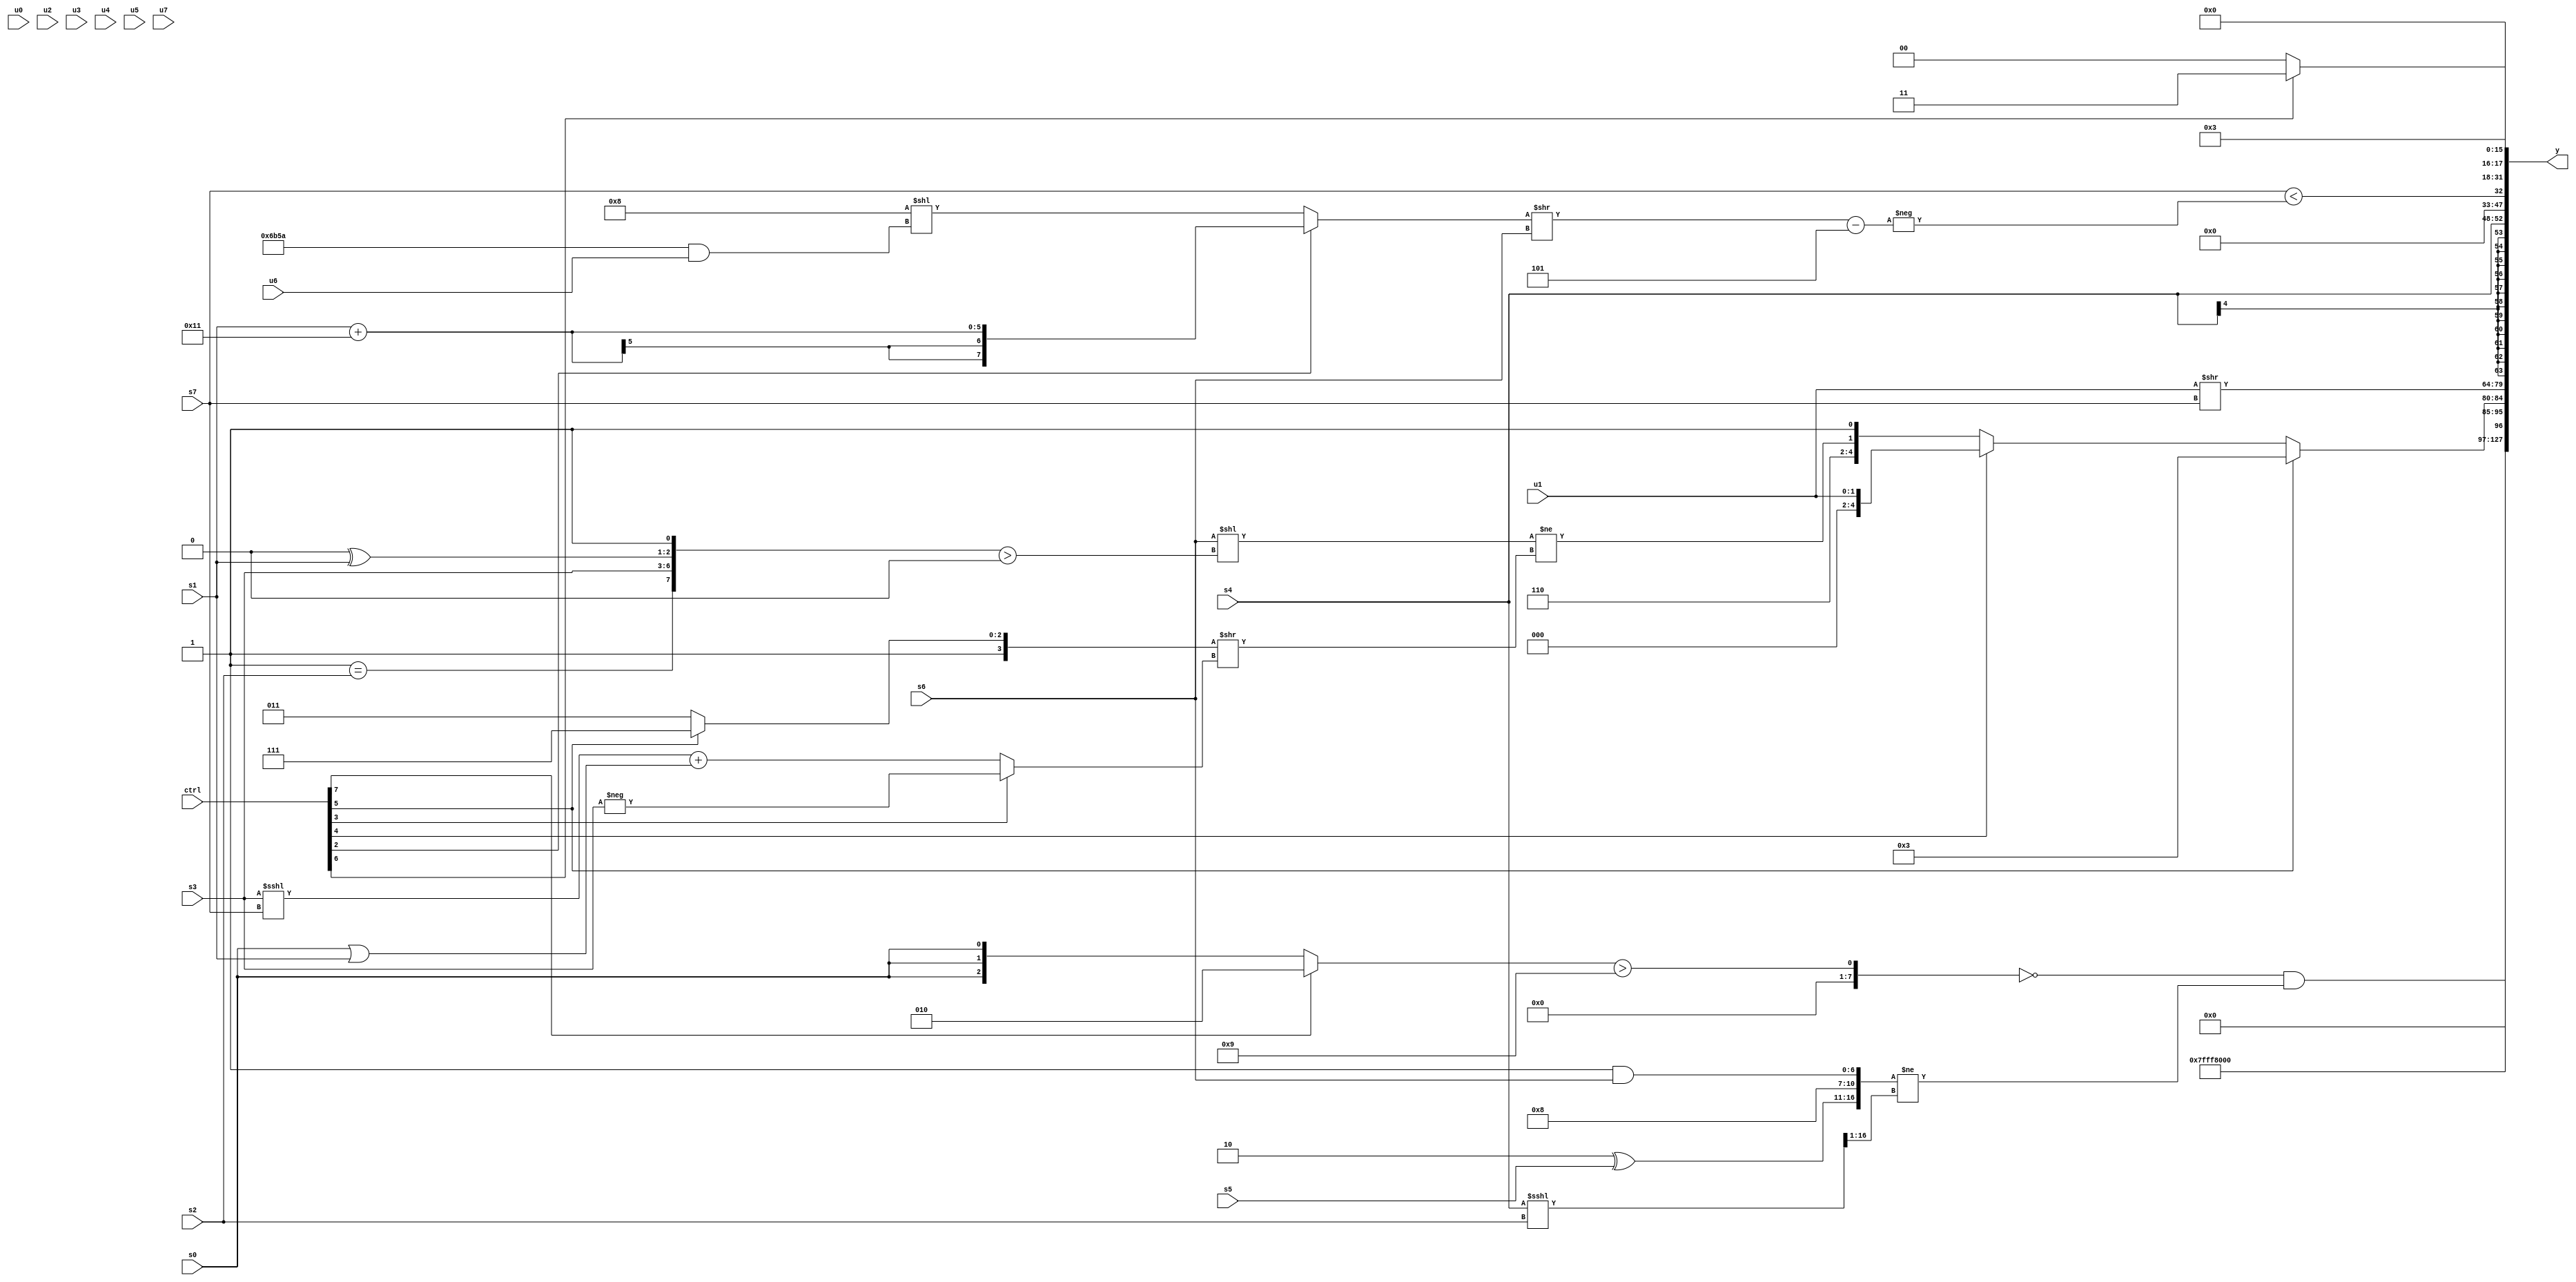
module wideexpr_00856(ctrl, u0, u1, u2, u3, u4, u5, u6, u7, s0, s1, s2, s3, s4, s5, s6, s7, y);
  input [7:0] ctrl;
  input [0:0] u0;
  input [1:0] u1;
  input [2:0] u2;
  input [3:0] u3;
  input [4:0] u4;
  input [5:0] u5;
  input [6:0] u6;
  input [7:0] u7;
  input signed [0:0] s0;
  input signed [1:0] s1;
  input signed [2:0] s2;
  input signed [3:0] s3;
  input signed [4:0] s4;
  input signed [5:0] s5;
  input signed [6:0] s6;
  input signed [7:0] s7;
  output [127:0] y;
  wire [15:0] y0;
  wire [15:0] y1;
  wire [15:0] y2;
  wire [15:0] y3;
  wire [15:0] y4;
  wire [15:0] y5;
  wire [15:0] y6;
  wire [15:0] y7;
  assign y = {y0,y1,y2,y3,y4,y5,y6,y7};
  assign y0 = 6'sb111111;
  assign y1 = (((((ctrl[7]?3'sb010:s0))>(-(5'sb10111)))==(((ctrl[5]?u1:s7))>>(6'sb101000)))|(|(((2'b10)<<(6'b010100))>({1{1'sb1}}))))&((({(4'b0010)^(s5),$signed(4'sb1000),(3'sb111)&(s6)})>>>($signed($signed(2'sb00))))!=((+((s4)<<<(s2)))>>(3'sb001)));
  assign y2 = (ctrl[5]?$unsigned(4'b0011):(ctrl[4]?u1:{4'sb0110,($signed((s6)<<(({(1'sb1)==(s2),$unsigned(s3),(1'b0)^(s1),-(1'sb1)})>(((5'b10000)!=(6'b010111))==({5'sb00010,s6})))))!=(((ctrl[5]?1'sb1:4'sb1011))>>($unsigned((ctrl[3]?-((ctrl[0]?s3:s3)):((s3)<<<(s7))+((s0)|(s1)))))),{~^(5'sb11011)}}));
  assign y3 = ($signed(u1))>>(s7);
  assign y4 = s4;
  assign y5 = (s7)<(-((((ctrl[2]?(s1)+(5'sb10001):(6'sb001000)<<(({3{5'b11010}})&(u6))))>>(+(s6)))-($signed(3'sb101))));
  assign y6 = {$signed((ctrl[6]?2'b11:&(~|(2'b11))))};
  assign y7 = 4'sb0011;
endmodule